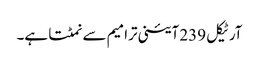
آرٹیکل 239 آئینی ترامیم سے نمٹتا ہے۔